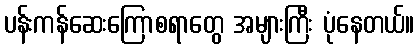
ပန်းကန်ဆေးကြောစရာတွေ အများကြီး ပုံနေတယ်။